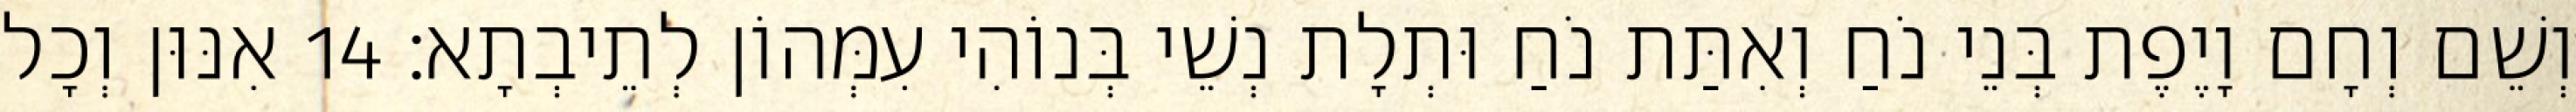
וְשֵׁם וְחָם וָיֶפֶת בְּנֵי נֹחַ וְאִתַּת נֹחַ וּתְלָת נְשֵׁי בְּנוֹהִי עִמְּהוֹן לְתֵיבְתָא׃ 14 אִנּוּן וְכָל